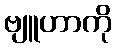
ဗျူဟာကို